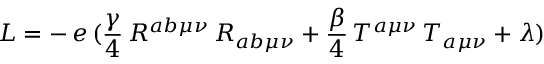
{ \cal { L } } = - \, e \, ( \frac { \gamma } { 4 } \, R ^ { a b \mu \nu } \, R _ { a b \mu \nu } + \frac { \beta } { 4 } \, T ^ { a \mu \nu } \, T _ { a \mu \nu } + \lambda )